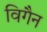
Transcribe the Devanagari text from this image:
विगैन